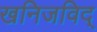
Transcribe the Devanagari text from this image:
खनिजविद्